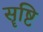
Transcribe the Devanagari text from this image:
सॄष्टि